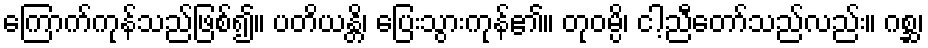
ကြောက်ကုန်သည်ဖြစ်၍။ ပတိယန္တိ၊ ပြေးသွားကုန်၏။ တုဝမ္ပိ၊ ငါ့ညီတော်သည်လည်း။ ဂစ္ဆ၊